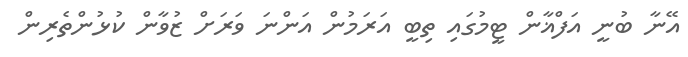
އޭނާ ބުނީ އަފްޣާން ޓީމުގައި ތިބީ އަރަމުން އަންނަ ވަރަށް ޒުވާން ކުޅުންތެރިން